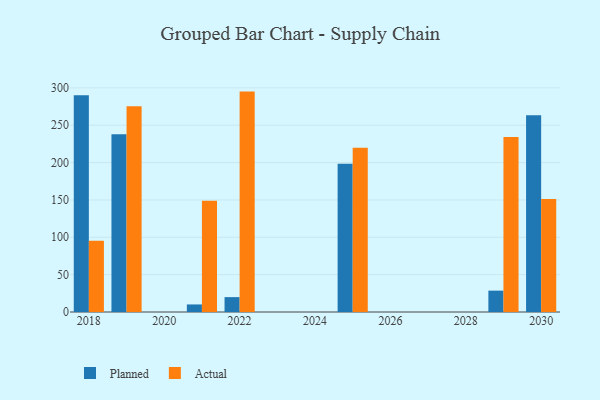
{"axis": {"x": "Year", "y": "Energy Usage (MWh)"}, "legend": ["Actual", "Planned"], "data": [{"x": "2021", "y": 10.1, "type": "Planned"}, {"x": "2021", "y": 148.8, "type": "Actual"}, {"x": "2022", "y": 19.9, "type": "Planned"}, {"x": "2022", "y": 295.0, "type": "Actual"}, {"x": "2018", "y": 290.2, "type": "Planned"}, {"x": "2018", "y": 95.4, "type": "Actual"}, {"x": "2029", "y": 28.6, "type": "Planned"}, {"x": "2029", "y": 234.4, "type": "Actual"}, {"x": "2019", "y": 237.9, "type": "Planned"}, {"x": "2019", "y": 275.3, "type": "Actual"}, {"x": "2025", "y": 198.5, "type": "Planned"}, {"x": "2025", "y": 219.8, "type": "Actual"}, {"x": "2030", "y": 263.5, "type": "Planned"}, {"x": "2030", "y": 151.3, "type": "Actual"}]}